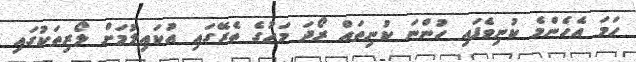
ހަމަ އެހެންމެ ކުނިވެފައި ހުންނަ ކުނިތައް ރޯދަ މަހުގެ ތެރޭގައި އުކައިލުމަށް ލޯރިތަކުގައި